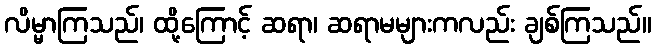
လိမ္မာကြသည်၊ ထို့ကြောင့် ဆရာ၊ ဆရာမများကလည်း ချစ်ကြသည်။